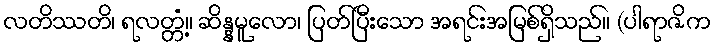
လတိဿတိ၊ ရလတ္တံ့။ ဆိန္နမူလော၊ ပြတ်ပြီးသော အရင်းအမြစ်ရှိသည်။ (ပါရာဇိက